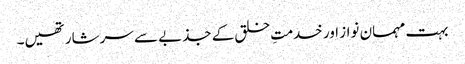
بہت مہمان نواز اور خدمتِ خلق کے جذبے سے سرشار تھیں۔